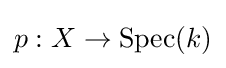
p:X\to \operatorname {Spec} (k)